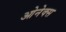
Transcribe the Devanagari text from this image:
ओनेक्स